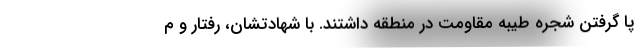
پا گرفتن شجره طیبه مقاومت در منطقه داشتند. با شهادتشان، رفتار و م